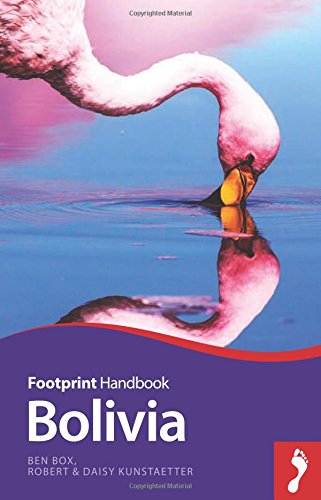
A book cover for Bolivia Handbook (Footprint - Handbooks); Daisy Kunstaetter; Travel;